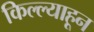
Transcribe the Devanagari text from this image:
किल्ल्याहून